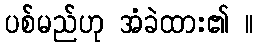
ပစ်မည်ဟု အံခဲထား၏ ။